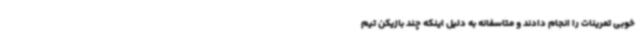
خوبی تمرینات را انجام دادند و متاسفانه به دلیل اینکه چند بازیکن تیم